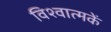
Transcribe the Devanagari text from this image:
विश्वात्मकें